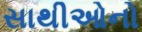
સાથીઓનો